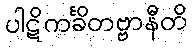
ပါဋိကင်္ခိတဗ္ဗာနီတိ